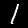
Label: 1